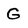
Character: G